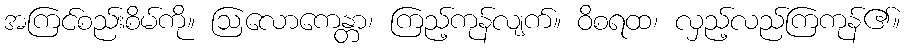
အကြင်စည်းစိမ်ကို။ ဩလောကေန္တာ၊ ကြည့်ကုန်လျက်။ ဝိစရထ၊ လှည့်လည်ကြကုန်၏။